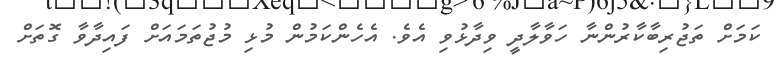
ކަމަށް ތަޖުރިބާކާރުންނާ ހަވާލާދީ ވިދާޅުވި އެވެ. އެހެންކަމުން މުޅި މުޖުތަމައަށް ފައިދާވާ ގޮތަށް